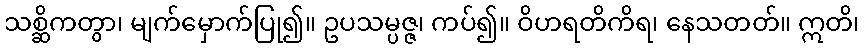
သစ္ဆိကတွာ၊ မျက်မှောက်ပြု၍။ ဥပသမ္ပဇ္ဇ၊ ကပ်၍။ ဝိဟရတိကိရ၊ နေသတတ်။ ဣတိ၊